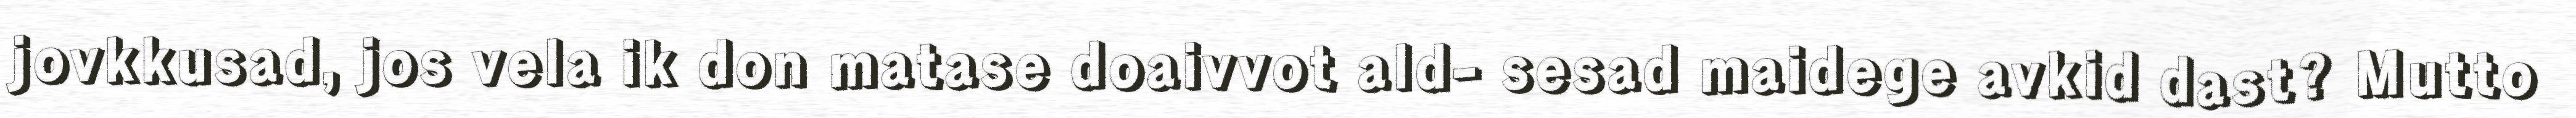
jovkkusad, jos vela ik don matase doaivvot ald- sesad maidege avkid dast? Mutto